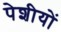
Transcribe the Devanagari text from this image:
पेशीयों